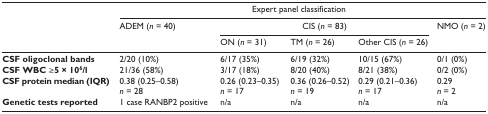
<table><thead><tr><td></td><td colspan="5"><b>Expert panel classification</b></td></tr><tr><td></td><td><b>ADEM (<i>n</i> = 40)</b></td><td colspan="3"><b>CIS (<i>n</i> = 83)</b></td><td><b>NMO (<i>n</i> = 2)</b></td></tr><tr><td></td><td></td><td><b>ON (<i>n</i> = 31)</b></td><td><b>TM (<i>n</i> = 26)</b></td><td><b>Other CIS (<i>n</i> = 26)</b></td><td></td></tr></thead><tbody><tr><td><b>CSF oligoclonal bands</b></td><td>2/20 (10%)</td><td>6/17 (35%)</td><td>6/19 (32%)</td><td>10/15 (67%)</td><td>0/1 (0%)</td></tr><tr><td><b>CSF WBC ≥5 × 10<sup>6</sup>/l</b></td><td>21/36 (58%)</td><td>3/17 (18%)</td><td>8/20 (40%)</td><td>8/21 (38%)</td><td>0/2 (0%)</td></tr><tr><td><b>CSF protein median (IQR)</b></td><td>0.38 (0.25–0.58)</td><td>0.26 (0.23–0.35)</td><td>0.36 (0.26–0.52)</td><td>0.29 (0.21–0.36)</td><td>0.29</td></tr><tr><td></td><td><i>n</i> = 28</td><td><i>n</i> = 17</td><td><i>n</i> = 19</td><td><i>n</i> = 17</td><td><i>n</i> = 2</td></tr><tr><td><b>Genetic tests reported</b></td><td>1 case RANBP2 positive</td><td>n/a</td><td>n/a</td><td>n/a</td><td>n/a</td></tr></tbody></table>